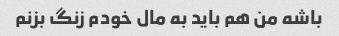
باشه من هم باید به مال خودم زنگ بزنم